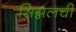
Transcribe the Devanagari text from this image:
सिग्नलची